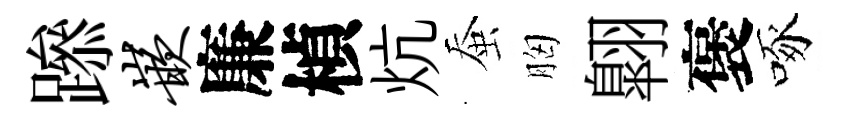
𨅶嵌廉楨炕蚕胸翺褒啄